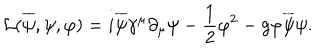
LaTeX: { \cal L } ( \overline { { { \psi } } } , \psi , \varphi ) = i \overline { { { \psi } } } \gamma ^ { \mu } \partial _ { \mu } \psi - \frac { 1 } { 2 } \varphi ^ { 2 } - g \varphi \overline { { { \psi } } } \psi .